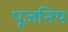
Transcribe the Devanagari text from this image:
पूजनिय